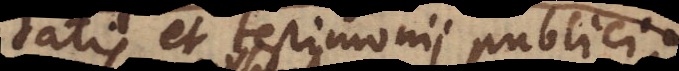
tatis et testimonii publici,